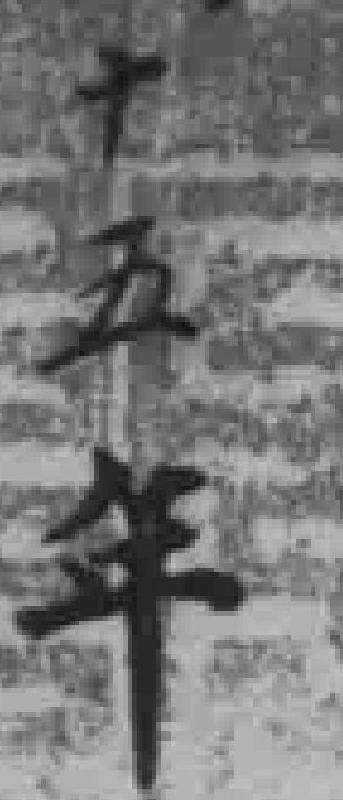
十五年